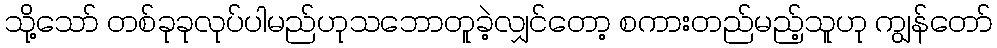
သို့သော် တစ်ခုခုလုပ်ပါမည်ဟုသဘောတူခဲ့လျှင်တော့ စကားတည်မည့်သူဟု ကျွန်တော်